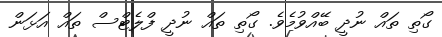
ގޯތި ތައް ނުދީ ބޭއްވުމެވެ. ގޯތި ތައް ނުދީ ފްލެޓްސް ތައް އަޅަން